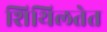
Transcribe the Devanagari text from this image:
शिथिलतेत